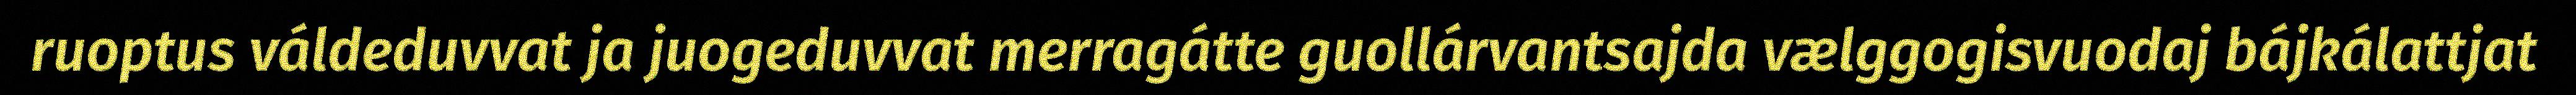
ruoptus váldeduvvat ja juogeduvvat merragátte guollárvantsajda vælggogisvuodaj bájkálattjat